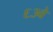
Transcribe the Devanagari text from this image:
६३वे